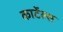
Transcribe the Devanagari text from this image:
कार्टेल्स